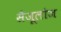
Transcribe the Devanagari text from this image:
सैजूलोज